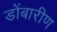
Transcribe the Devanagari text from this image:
डोंबारीण